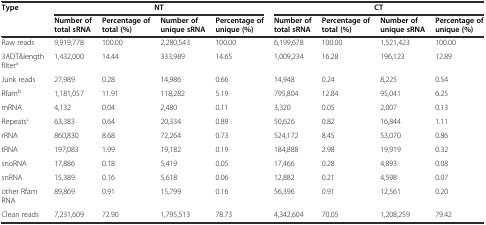
| <ROWSPAN=2> Type | <COLSPAN=4> NT | <COLSPAN=4> CT |
 | Number of total sRNA | Percentage of total (%) | Number of unique sRNA | Percentage of unique (%) | Number of total sRNA | Percentage of total (%) | Number of unique sRNA | Percentage of unique (%) |
 | --- | --- | --- | --- | --- | --- | --- | --- | --- |
 | Raw reads | 9,919,778 | 100.00 | 2,280,543 | 100.00 | 6,199,678 | 100.00 | 1,521,423 | 100.00 |
 | 3ADT&length filtera | 1,432,000 | 14.44 | 333,989 | 14.65 | 1,009,234 | 16.28 | 196,123 | 12.89 |
 | Junk reads | 27,989 | 0.28 | 14,986 | 0.66 | 14,948 | 0.24 | 8,225 | 0.54 |
 | Rfamb | 1,181,057 | 11.91 | 118,282 | 5.19 | 795,804 | 12.84 | 95,041 | 6.25 |
 | mRNA | 4,132 | 0.04 | 2,480 | 0.11 | 3,320 | 0.05 | 2,007 | 0.13 |
 | Repeatsc | 63,383 | 0.64 | 20,334 | 0.89 | 50,626 | 0.82 | 16,844 | 1.11 |
 | rRNA | 860,830 | 8.68 | 72,264 | 0.73 | 524,172 | 8.45 | 53,070 | 0.86 |
 | tRNA | 197,083 | 1.99 | 19,182 | 0.19 | 184,888 | 2.98 | 19,919 | 0.32 |
 | snoRNA | 17,886 | 0.18 | 5,419 | 0.05 | 17,466 | 0.28 | 4,893 | 0.08 |
 | snRNA | 15,389 | 0.16 | 5,618 | 0.06 | 12,882 | 0.21 | 4,598 | 0.07 |
 | other Rfam RNA | 89,869 | 0.91 | 15,799 | 0.16 | 56,396 | 0.91 | 12,561 | 0.20 |
 | Clean reads | 7,231,609 | 72.90 | 1,795,513 | 78.73 | 4,342,604 | 70.05 | 1,208,259 | 79.42 |